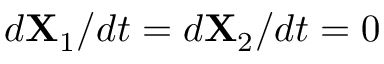
d \mathbf { X } _ { 1 } / d t = d \mathbf { X } _ { 2 } / d t = 0